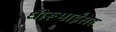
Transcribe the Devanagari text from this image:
धीरूभाईंसह